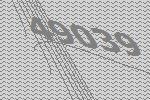
49039